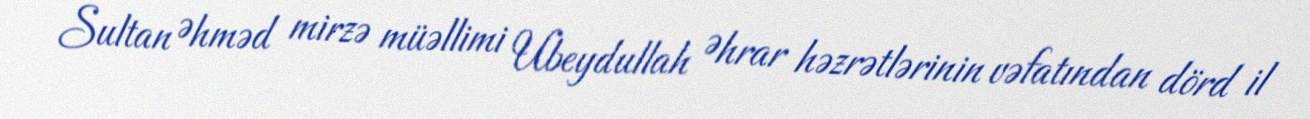
Sultan Əhməd mirzə müəllimi Ubeydullah Əhrar həzrətlərinin vəfatından dörd il